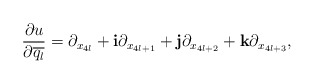
\begin{align*} \begin{aligned} \frac{\partial u}{\partial \overline{q_l}}=\partial_{x_{4l}}+\mathbf{i}\partial_{x_{4l+1}}+\mathbf{j}\partial_{x_{4l+2}}+\mathbf{k}\partial_{x_{4l+3}}, \end{aligned} \end{align*}